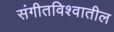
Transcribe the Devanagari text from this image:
संगीतविश्वातील